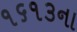
૧૬૧૩ના